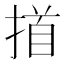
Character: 𢰢